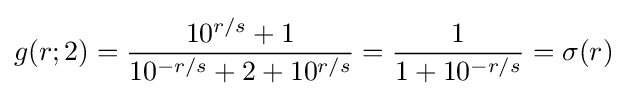
g(r;2)={\frac {10^{r/s}+1}{10^{-r/s}+2+10^{r/s}}}={\frac {1}{1+10^{-r/s}}}=\sigma (r)